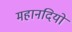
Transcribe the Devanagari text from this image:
महानदियों